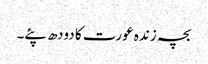
بچہ زندہ عورت کا دودھ پئے۔